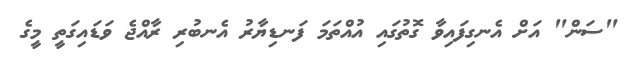
"ސަން" އަށް އެނގިފައިވާ ގޮތުގައި އުއްތަމަ ފަނޑިޔާރު އެނބުރި ރާއްޖެ ވަޑައިގަތީ މީގެ